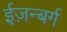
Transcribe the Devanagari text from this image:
ईज़न्बर्ग